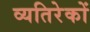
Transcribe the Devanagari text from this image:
व्यतिरेकों